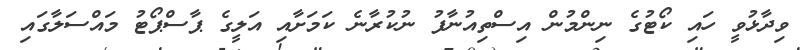
ވިދާޅުވީ ހައި ކޯޓުގެ ނިންމުން އިސްތިއުނާފު ނުުކުރާނެ ކަމަށާއި އަލީގެ ޕާސްޕޯޓު މައްސަލާގައި